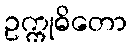
ဥက္ကုဓိတော